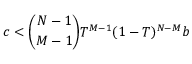
c < \binom { N - 1 } { M - 1 } T ^ { M - 1 } ( 1 - T ) ^ { N - M } b